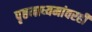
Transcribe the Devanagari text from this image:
पृष्ठमाध्यमांवरही